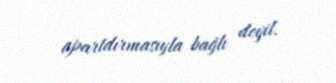
apartdırmasıyla bağlı deyil.